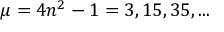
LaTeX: \mu = 4 n ^ { 2 } - 1 = 3 , 1 5 , 3 5 , . . .